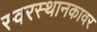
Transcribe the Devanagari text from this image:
स्वरस्थानकावर